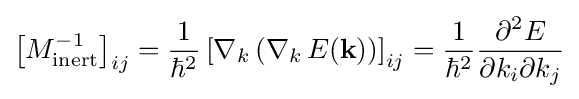
\left[M_{\text{inert}}^{-1}\right]_{ij}={\frac {1}{\hbar ^{2}}}\left[\nabla _{k}\left(\nabla _{k}\,E(\mathbf {k} )\right)\right]_{ij}={\frac {1}{\hbar ^{2}}}{\frac {\partial ^{2}E}{\partial k_{i}\partial k_{j}}}